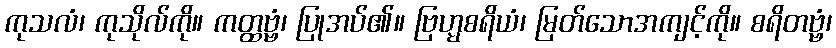
ကုသလံ၊ ကုသိုလ်ကို။ ကတ္ထဗ္ဗံ၊ ပြုအပ်၏။ ဗြဟ္မစရိယံ၊ မြတ်သောအကျင့်ကို။ စရိတဗ္ဗံ၊